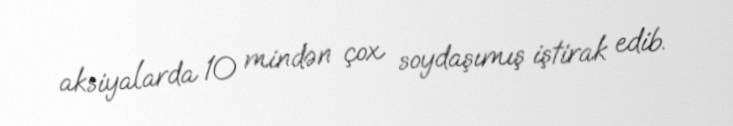
aksiyalarda 10 mindən çox soydaşımış iştirak edib.